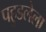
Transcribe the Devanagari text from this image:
पहुडलेला